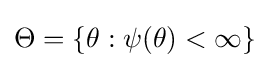
\Theta =\{\theta :\psi (\theta )<\infty \}